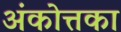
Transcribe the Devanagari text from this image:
अंकोत्तका